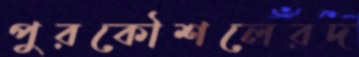
পুরকৌশলেরদ